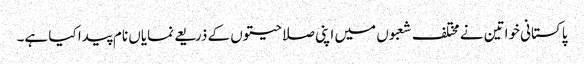
پاکستانی خواتین نے مختلف شعبوں میں اپنی صلاحیتوں کے ذریعے نمایاں نام پیدا کیا ہے۔